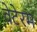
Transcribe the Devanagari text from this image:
वेटेरम